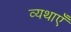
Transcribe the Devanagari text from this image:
व्यथाएँ